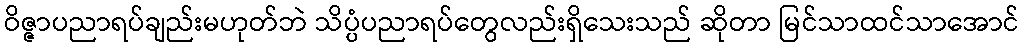
ဝိဇ္ဇာပညာရပ်ချည်းမဟုတ်ဘဲ သိပ္ပံပညာရပ်တွေလည်းရှိသေးသည် ဆိုတာ မြင်သာထင်သာအောင်